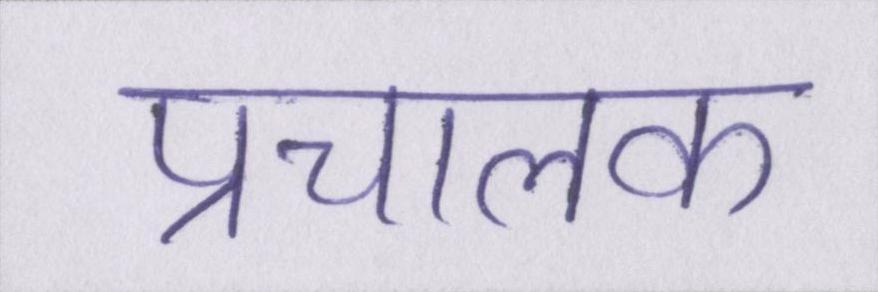
प्रचालक